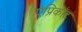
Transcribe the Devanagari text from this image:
ऐप्रिकॉट